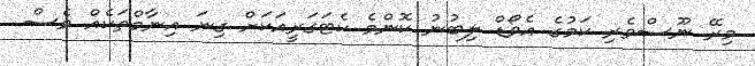
މިރޭ ނޫސްވެރި ކަމުގެ އެވޯޑް ލިބުނު ކޮންމެ ކެޓަގަރީއަކަށް ގިނަ އިނާމްތަކެއް ވެސް